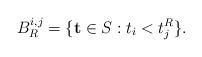
LaTeX: \begin{align*} B_R^{i, j} &= \{ \mathbf{t} \in S_{} : t_i < t_j^R \}. \end{align*}